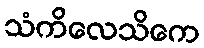
သံကိလေသိကေ